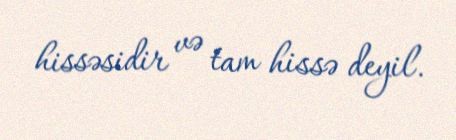
hissəsidir və tam hissə deyil.